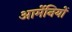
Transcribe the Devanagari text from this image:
आर्मेनियों